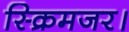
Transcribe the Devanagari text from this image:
स्क्रिमजर।